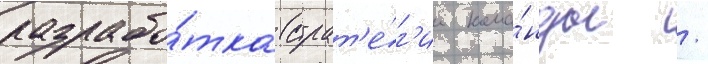
разрабо́тка страт'е́г'ии кома́нды /